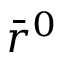
\bar { r } ^ { 0 }